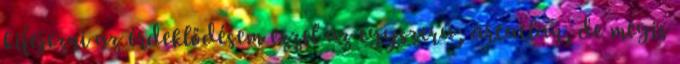
kifejezni az érdeklődésem ezzel az egyszerű, ártatlan, de mégis